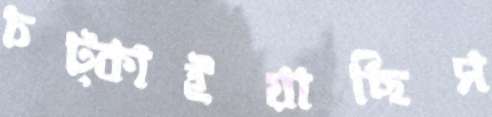
চট্‌কাইয়াছিস